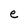
Character: e